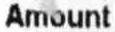
AMOUNT